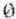
0